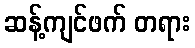
ဆန့်ကျင်ဖက် တရား